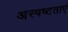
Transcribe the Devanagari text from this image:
अस्पष्टताएं